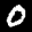
Label: 0